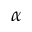
\alpha